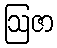
ဩဇာ